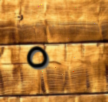
٥